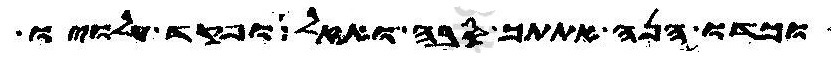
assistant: וכדו הנה אתתך סבה ואזל ופקד עלויו